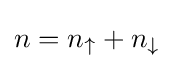
n=n_{\uparrow }+n_{\downarrow }